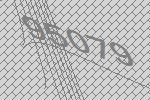
95079